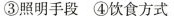
③照明手段④饮食方式